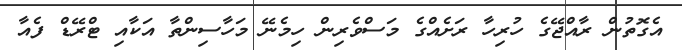
އެގޮތުން ރާއްޖޭގެ ހުރިހާ ރަށެއްގެ މަސްވެރިން ހިމެނޭ މަހާސިންތާ އަކާއި ޓްރޭޑް ފެއާ